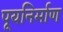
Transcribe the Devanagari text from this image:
पूयनिर्माण